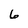
Character: 6